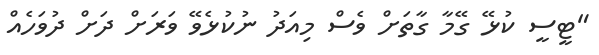
"ޓީސީ ކުޅޭ ގޭމާ ގާތަށް ވެސް މިއަދު ނުކުޅެވޭ ވަރަށް ދަށް ދުވަހެއް